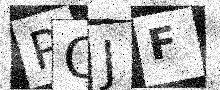
Text: POJF